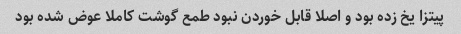
پیتزا یخ زده بود و اصلا قابل خوردن نبود طمع گوشت کاملا عوض شده بود